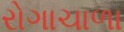
રોગાચાળા